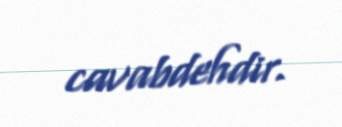
cavabdehdir.